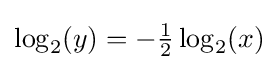
\log _{2}(y)=-{\tfrac {1}{2}}\log _{2}(x)